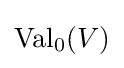
\operatorname {Val} _{0}(V)